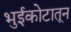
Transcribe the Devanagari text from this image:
भुईकोटातून